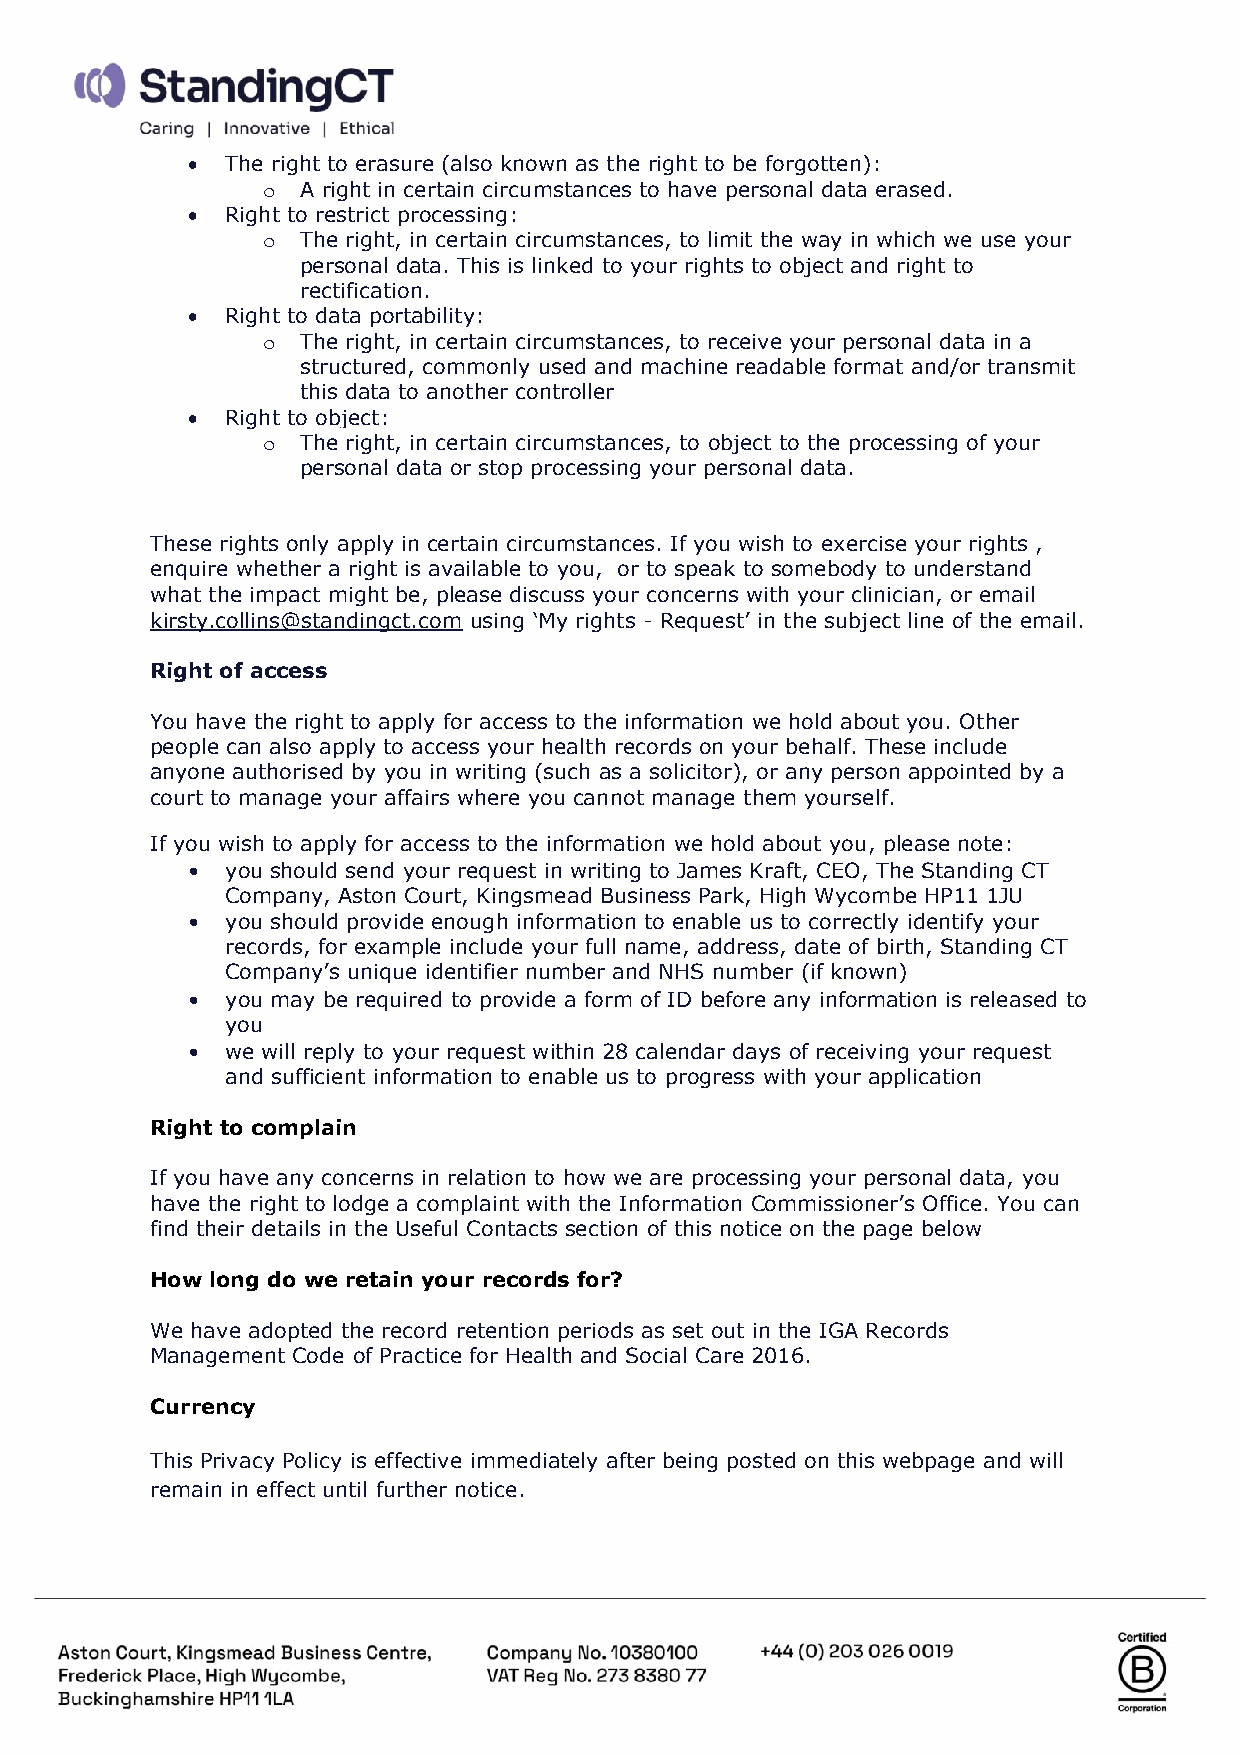
•  The right to erasure (also known as the right to be forgotten):
 o  A right in certain circumstances to have personal data erased.
 •  Right to restrict processing:
 o  The right, in certain circumstances, to limit the way in which we use your
 personal data. This is linked to your rights to object and right to
 rectification.
 •  Right to data portability:
 o  The right, in certain circumstances, to receive your personal data in a
 structured, commonly used and machine readable format and/or transmit
 this data to another controller
 •  Right to object:
 o  The right, in certain circumstances, to object to the processing of your
 personal data or stop processing your personal data.
 These rights only apply in certain circumstances. If you wish to exercise your rights ,
 enquire whether a right is available to you, or to speak to somebody to understand
 what the impact might be, please discuss your concerns with your clinician, or email
 kirsty.collins@standingct.com using ‘My rights - Request’ in the subject line of the email.
 Right of access
 You have the right to apply for access to the information we hold about you. Other
 people can also apply to access your health records on your behalf. These include
 anyone authorised by you in writing (such as a solicitor), or any person appointed by a
 court to manage your affairs where you cannot manage them yourself.
 If you wish to apply for access to the information we hold about you, please note:
 •  you should send your request in writing to James Kraft, CEO, The Standing CT
 Company, Aston Court, Kingsmead Business Park, High Wycombe HP11 1JU
 •  you should provide enough information to enable us to correctly identify your
 records, for example include your full name, address, date of birth, Standing CT
 Company’s unique identifier number and NHS number (if known)
 •  you may be required to provide a form of ID before any information is released to
 you
 •  we will reply to your request within 28 calendar days of receiving your request
 and sufficient information to enable us to progress with your application
 Right to complain
 If you have any concerns in relation to how we are processing your personal data, you
 have the right to lodge a complaint with the Information Commissioner’s Office. You can
 find their details in the Useful Contacts section of this notice on the page below
 How long do we retain your records for?
 We have adopted the record retention periods as set out in the IGA Records
 Management Code of Practice for Health and Social Care 2016.
 Currency
 This Privacy Policy is effective immediately after being posted on this webpage and will
 remain in effect until further notice.